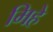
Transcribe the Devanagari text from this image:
मिहे